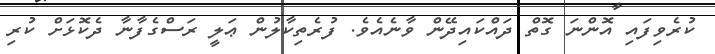
ކުރެވިފައި އޮންނަ ގޮތް ދައްކައިދޭން ވާނެއެވެ. ފުރެތިކާލުން ޢަލީ ރަސްގެފާނާ ދެކޮޅަށް ކުރި